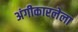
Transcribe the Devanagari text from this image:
अंगीकारलेला